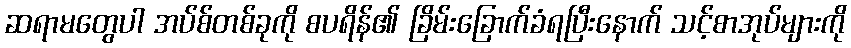
ဆရာမတွေပါ အပ်စ်တစ်ခုကို စပရိန်၏ ခြိမ်းခြောက်ခံရပြီးနောက် သင့်စာအုပ်များကို